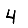
Digit: 4